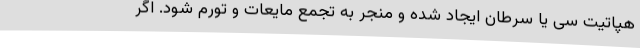
هپاتیت سی یا سرطان ایجاد شده و منجر به تجمع مایعات و تورم شود. اگر